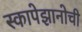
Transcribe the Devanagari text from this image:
स्कापेझानोची